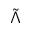
\tilde { \Lambda }